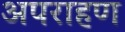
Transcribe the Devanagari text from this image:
अपराहण